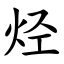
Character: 烃